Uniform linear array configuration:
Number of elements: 48
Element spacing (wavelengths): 0.75
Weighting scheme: exponential
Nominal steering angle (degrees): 0
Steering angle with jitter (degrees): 1.971
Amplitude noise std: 0.05
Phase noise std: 0.05

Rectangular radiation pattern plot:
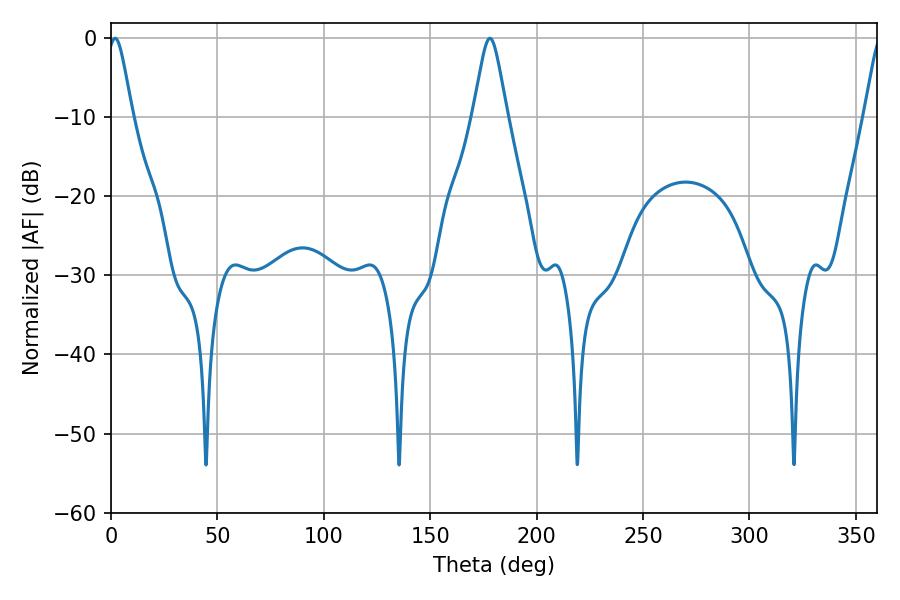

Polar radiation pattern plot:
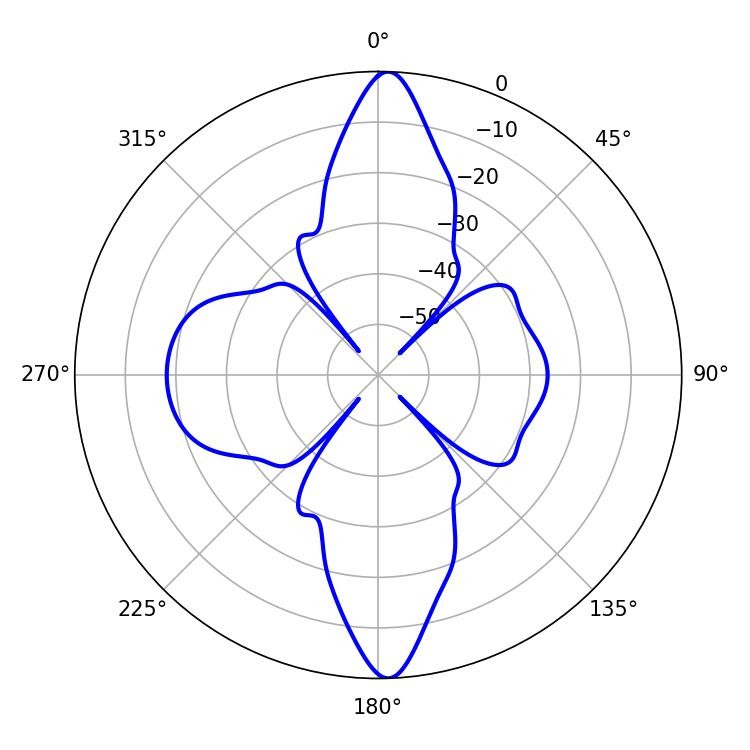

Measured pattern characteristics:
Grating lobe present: TRUE
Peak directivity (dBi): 26.997
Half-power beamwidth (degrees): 5.76
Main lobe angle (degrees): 1.98